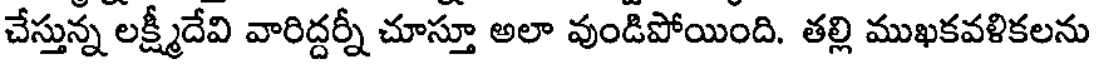
చేస్తున్న లక్ష్మీదేవి వారిద్దర్నీ చూస్తూ అలా వుండిపోయింది. తల్లి ముఖకవళికలను